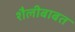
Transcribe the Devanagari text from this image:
शैलीबाबत